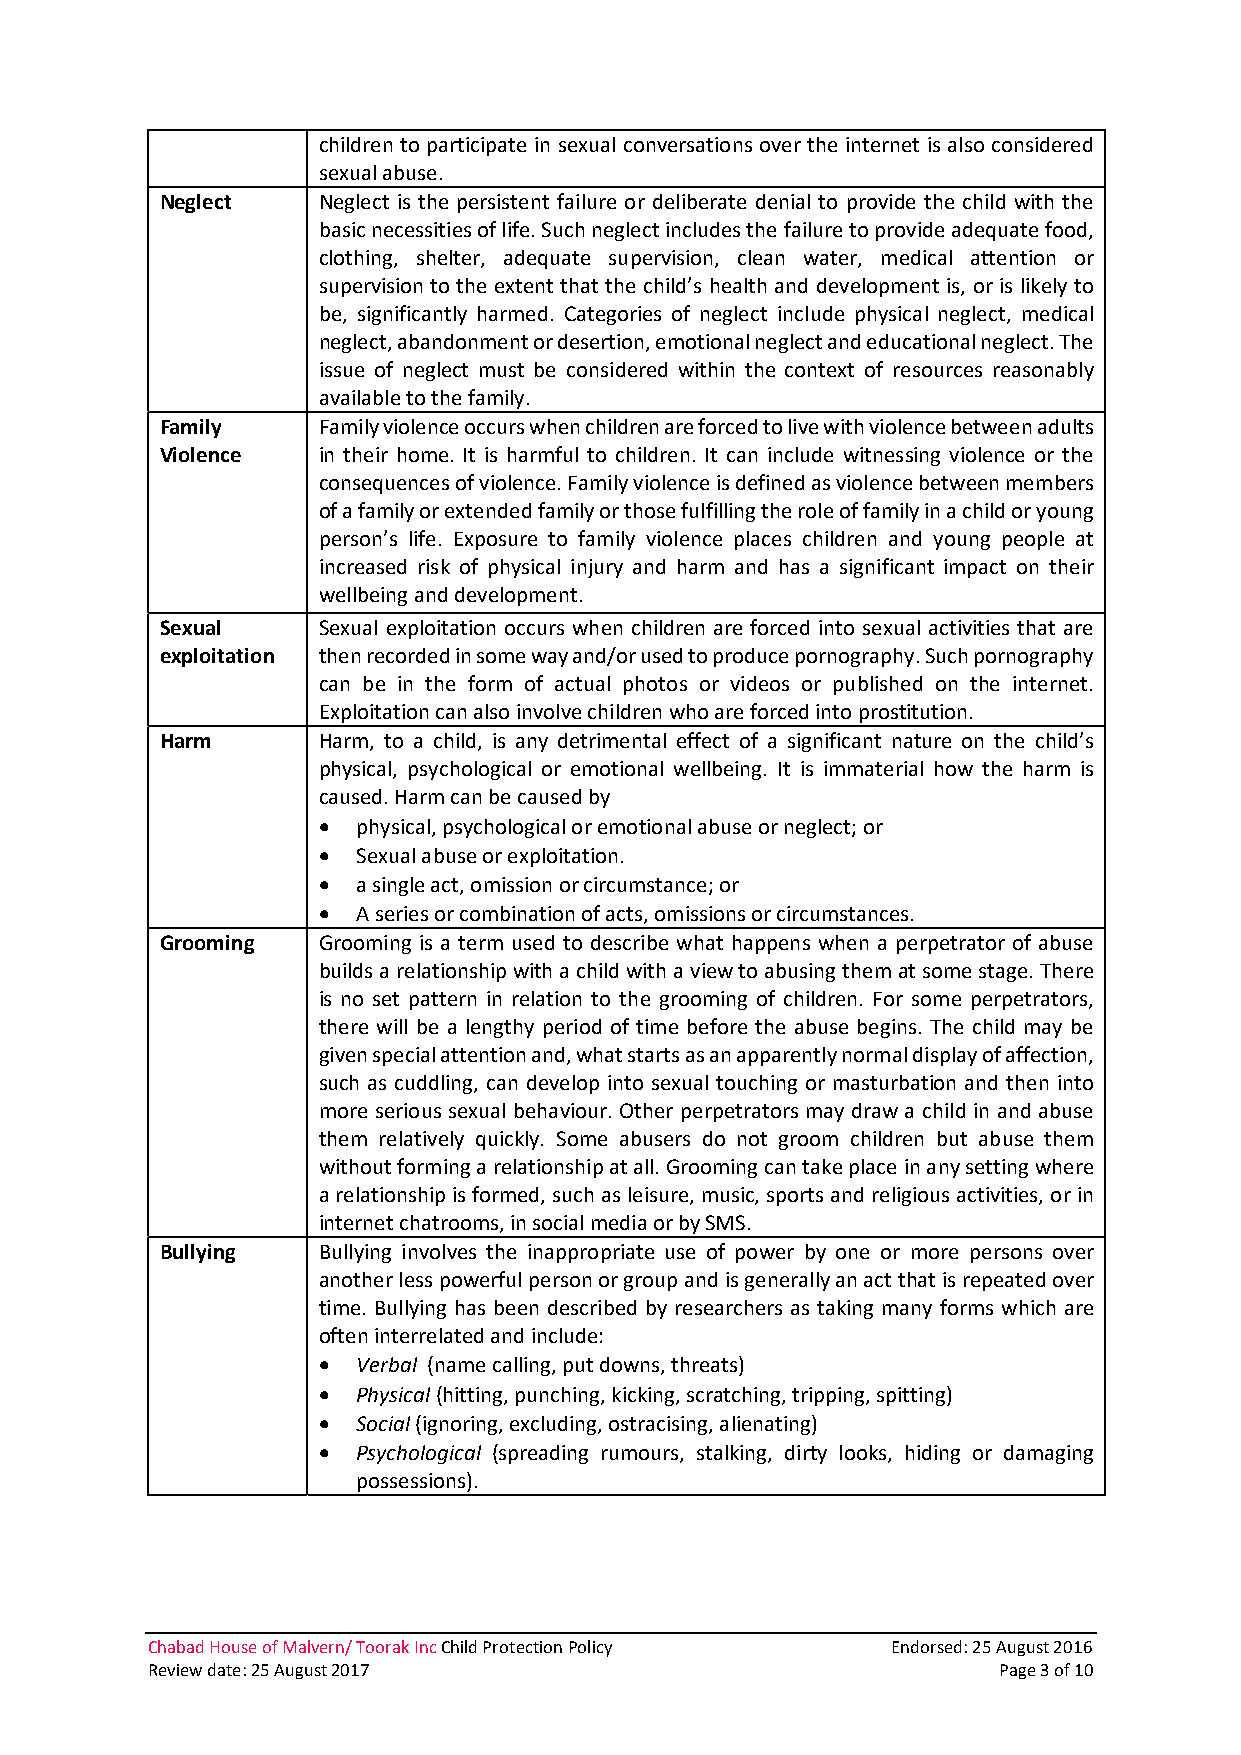
children to participate in sexual conversations over the internet is also considered
 sexual abuse.
 Neglect   Neglect is the persistent failure or deliberate denial to provide the child with the
 basic necessities of life. Such neglect includes the failure to provide adequate food,
 clothing, shelter, adequate supervision, clean water, medical attention or
 supervision to the extent that the child’s health and development is, or is likely to
 be, significantly harmed. Categories of neglect include physical neglect, medical
 neglect, abandonment or desertion, emotional neglect and educational neglect. The
 issue of neglect must be considered within the context of resources reasonably
 available to the family.
 Family    Family violence occurs when children are forced to live with violence between adults
 Violence  in their home. It is harmful to children. It can include witnessing violence or the
 consequences of violence. Family violence is defined as violence between members
 of a family or extended family or those fulfilling the role of family in a child or young
 person’s life. Exposure to family violence places children and young people at
 increased risk of physical injury and harm and has a significant impact on their
 wellbeing and development.
 Sexual    Sexual exploitation occurs when children are forced into sexual activities that are
 exploitation then recorded in some way and/or used to produce pornography. Such pornography
 can be in the form of actual photos or videos or published on the internet.
 Exploitation can also involve children who are forced into prostitution.
 Harm      Harm, to a child, is any detrimental effect of a significant nature on the child’s
 physical, psychological or emotional wellbeing. It is immaterial how the harm is
 caused. Harm can be caused by
 •  physical, psychological or emotional abuse or neglect; or
 •  Sexual abuse or exploitation.
 •  a single act, omission or circumstance; or
 •  A series or combination of acts, omissions or circumstances.
 Grooming  Grooming is a term used to describe what happens when a perpetrator of abuse
 builds a relationship with a child with a view to abusing them at some stage. There
 is no set pattern in relation to the grooming of children. For some perpetrators,
 there will be a lengthy period of time before the abuse begins. The child may be
 given special attention and, what starts as an apparently normal display of affection,
 such as cuddling, can develop into sexual touching or masturbation and then into
 more serious sexual behaviour. Other perpetrators may draw a child in and abuse
 them relatively quickly. Some abusers do not groom children but abuse them
 without forming a relationship at all. Grooming can take place in any setting where
 a relationship is formed, such as leisure, music, sports and religious activities, or in
 internet chatrooms, in social media or by SMS.
 Bullying  Bullying involves the inappropriate use of power by one or more persons over
 another less powerful person or group and is generally an act that is repeated over
 time. Bullying has been described by researchers as taking many forms which are
 often interrelated and include:
 •  Verbal (name calling, put downs, threats)
 •  Physical (hitting, punching, kicking, scratching, tripping, spitting)
 •  Social (ignoring, excluding, ostracising, alienating)
 •  Psychological (spreading rumours, stalking, dirty looks, hiding or damaging
 possessions).
 Chabad House of Malvern/ Toorak Inc Child Protection Policy Endorsed: 25 August 2016
 Review date: 25 August 2017                             Page 3 of 10